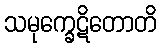
သမုက္ခေဋိတောတိ